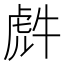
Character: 𮓤